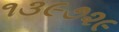
૧૩૯૭૨૯